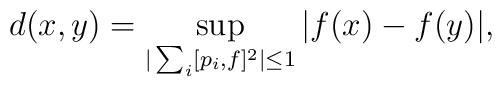
d(x,y)=\sup_{|\sum_i[p_i,f]^2|\leq 1} |f(x)-f(y)|,